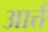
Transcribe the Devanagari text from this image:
आर्त्त